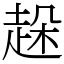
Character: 趓